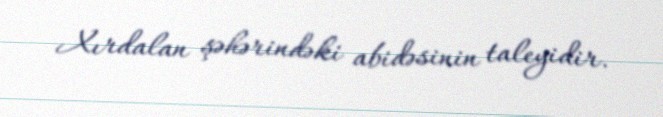
Xırdalan şəhərindəki abidəsinin taleyidir.